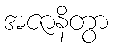
အဇာနိတွာ